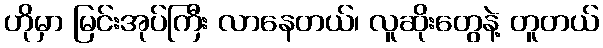
ဟိုမှာ မြင်းအုပ်ကြီး လာနေတယ်၊ လူဆိုးတွေနဲ့ တူတယ်